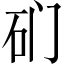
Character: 𱳨